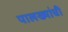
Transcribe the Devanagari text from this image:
पालख्यांची